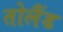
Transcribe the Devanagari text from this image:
तोलैंड